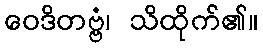
ဝေဒိတဗ္ဗံ၊ သိထိုက်၏။